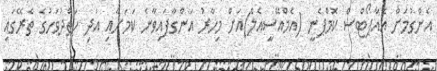
އެންގުމަށް އެއާޕޯޓްސް ކޮމްޕެނީ (އެމްއޭސީއެލް)އަށް މިހާރު އަންގާފައިވާނެ ކަމަށާއި އަދި ހަތްދުވަހުގެ ތެރޭގައި